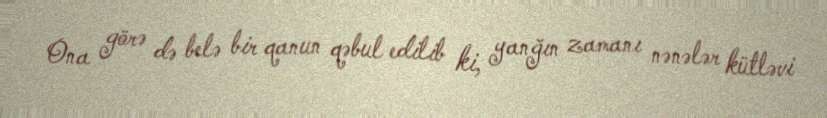
Ona görə də belə bir qanun qəbul edilib ki, yanğın zamanı nənələr kütləvi